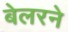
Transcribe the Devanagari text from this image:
बेलरने